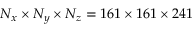
N _ { x } \times N _ { y } \times N _ { z } = 1 6 1 \times 1 6 1 \times 2 4 1